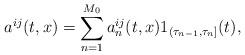
LaTeX: \begin{align*} a^{ij}(t,x)=\sum_{n=1}^{M_0}a_{n}^{ij}(t,x)1_{(\tau_{n-1},\tau_n]}(t),\end{align*}